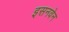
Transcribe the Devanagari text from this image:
इसनवेन